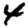
Digit: 4